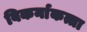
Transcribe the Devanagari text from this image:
बिकर्नाकत्ता